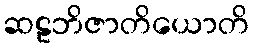
ဆဠဘိဇာတိယောတိ